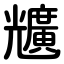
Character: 兤